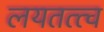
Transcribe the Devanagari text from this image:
लयतत्त्व